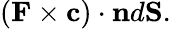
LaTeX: (\mathbf{F}\times\mathbf{c})\cdot\mathbf{n}d\mathbf{S}.